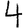
Digit: 4